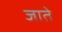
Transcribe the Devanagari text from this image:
जातेे